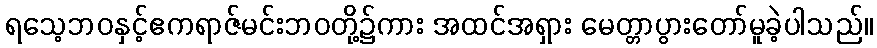
ရသေ့ဘဝနှင့်ဧကရာဇ်မင်းဘဝတို့၌ကား အထင်အရှား မေတ္တာပွားတော်မူခဲ့ပါသည်။